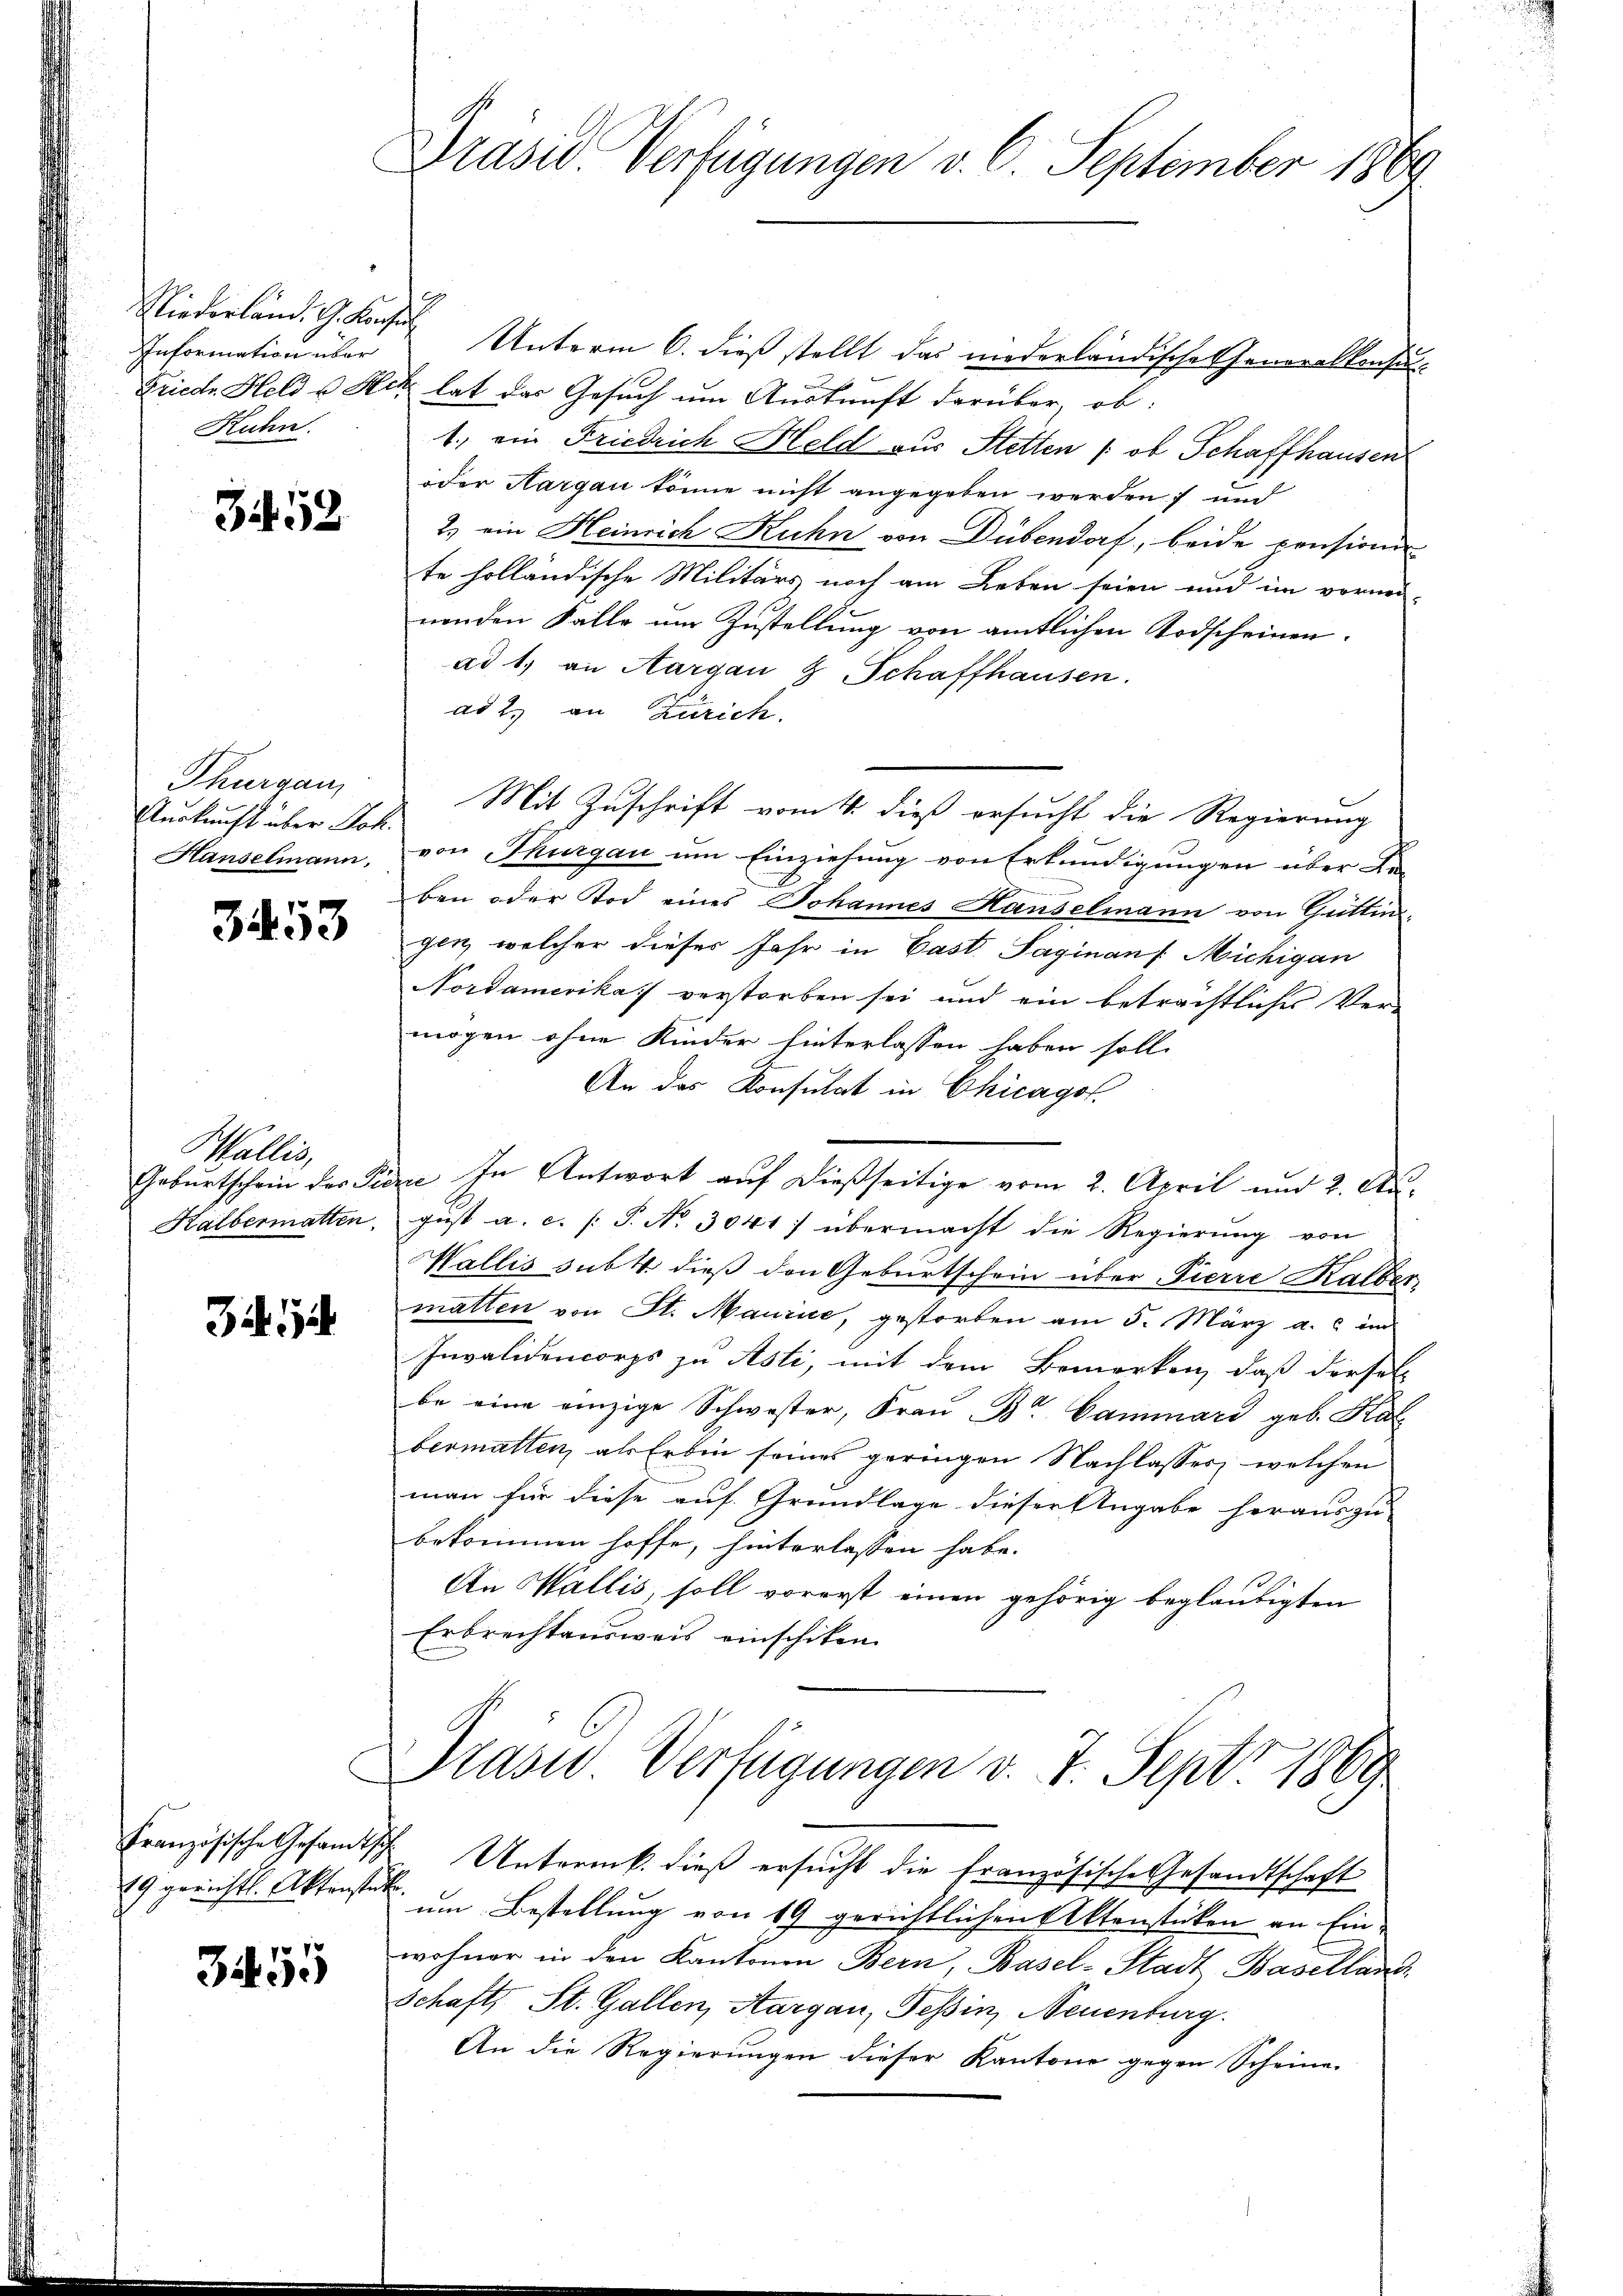
Information über
Ruhn

B 512

Thurgau,
Auskunft über Joh.
Hanselmann,

3453

Wallis,

32. 14

Französische Gesandt,
19 gerichts. Aktenste

3455

Prasid Verfügungen v. 6. September 1869

Niederländ. G. Kanze Unterm 6. dieß stellt das niederländische Generallensu¬
Friede Held u. Heck hat das Gesuch um Auskunft darüber, ob:
1., ein Friedrich Held aus Stetten /: ob Schaffhausen
oder Aargau könne nicht angegeben werden, und
2.) ein Heinrich Ruhn von Dübendorf, beide pensionen
te holländische Militärs noch am Leben seien und im vornen-
nenden Falle um Zustellung von amtlichen Todscheinenad 1. an Aargau & Schaffhausen.
ad 2. an Zürich.
Mit Zuschrift vom 1. dieß ersucht die Regierung
von Thurgau um Einziehung von Erkundigungen über An-
ben oder Tod eines Johannes Hauselmann von Güttingen, welcher dieser Jahr in Cast. Saginan /: Michigan
Nordamerika verstorben sei und ein beträchtliches Ver-
mögen ohne Kinder hinterlassen haben soll.
An das Konsulat in Chicagof
Geburtschein des Pierie In Antwort auf dießseitige vom 2. April und 2. Au¬
Halbermatten, gŭst a. c. (T. No. 3041) übermacht die Regierŭng von
Wallis sub 4. dieß den Geburtschein über Pierre Kalber
matten von St. Manie, gestorben am 5. März a. c. in
Invalidencorps zu Asti, mit dem Bemerken, daß dersel
be eine einzige Schwester, Frau Br. Cammari geb. Kat
bermatten, als Erbin seines geringen Nachlasses, welchen
man für diese auf Grundlage dieser Angabe heraus zu
bekommen hoffe, hinterlassen habe.
An Wallis, soll vorerst einen gehörig beglaubigten
Erbrechtensweis einschiken.

Drasid. Verfügungen v. 7. Sept 1869

Ich. Untermk. dieß ersucht die Französische Gesandtschaft
¬
um Bestellung von 19 gerichtlichen Aktenstücken an Ein-
wohner in den Kantonen Bern, Basel-Stadt Baselland,
Schaft, St. Gallen, Aargau, Tessin, Neuenburg.
An die Regierungen dieser Kantone gegen Scheine.